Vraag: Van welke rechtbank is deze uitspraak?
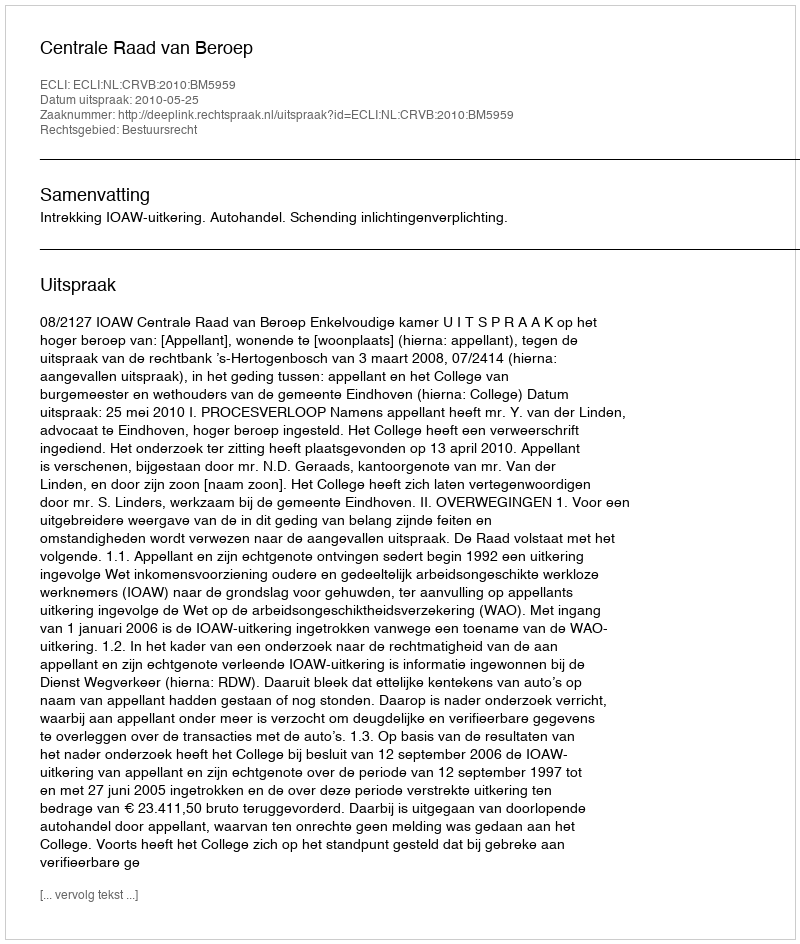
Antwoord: Centrale Raad van Beroep